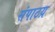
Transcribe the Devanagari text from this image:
संपाठय़